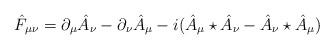
LaTeX: \begin{align*}\hat{F}_{\mu\nu} = \partial_{\mu}\hat{A}_{\nu} -\partial_{\nu}\hat{A}_{\mu} -i(\hat{A}_{\mu}\star \hat{A}_{\nu} -\hat{A}_{\nu}\star \hat{A}_{\mu})\end{align*}